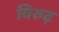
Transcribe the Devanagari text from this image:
विरुढ़